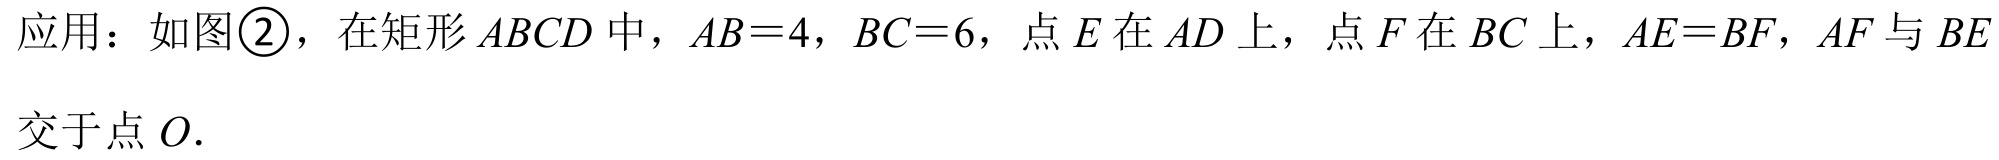
应用：如图\textcircled{2}，在矩形$ABCD$中，$AB = 4$，$BC = 6$，点$E$在$AD$上，点$F$在$BC$上，$AE = BF$，$AF$与$BE$交于点$O.$